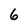
Character: 6